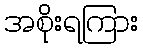
အစိုးရကြား